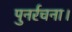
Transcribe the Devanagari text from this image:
पुनर्रचना।